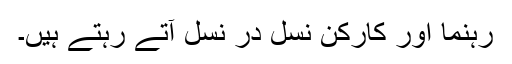
رہنما اور کارکن نسل در نسل آتے رہتے ہیں۔